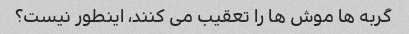
گربه ها موش ها را تعقیب می کنند، اینطور نیست؟